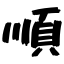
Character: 順